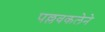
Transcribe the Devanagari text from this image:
पल्लवकलेने